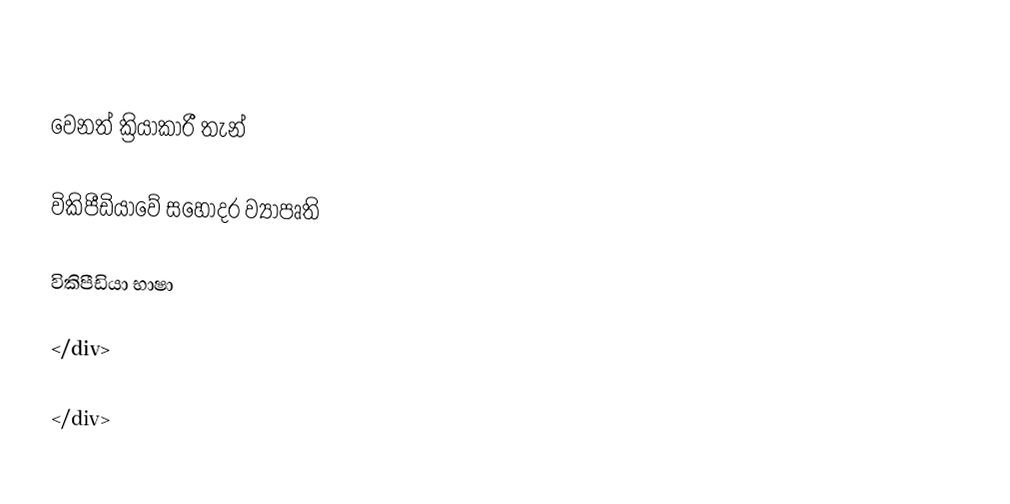

වෙනත් ක්‍රියාකාරී තැන්

විකිපීඩියාවේ සහෝදර ව්‍යාපෘති

විකිපීඩියා භාෂා

</div>

</div>